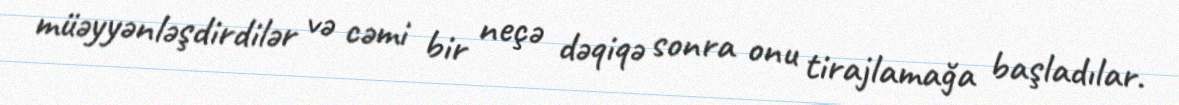
müəyyənləşdirdilər və cəmi bir neçə dəqiqə sonra onu tirajlamağa başladılar.